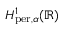
H _ { \mathrm { p e r } , \alpha } ^ { 1 } ( \mathbb { R } )